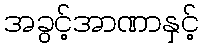
အခွင့်အာဏာနှင့်